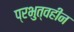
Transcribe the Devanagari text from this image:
प्रभुत्वहीन